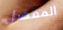
المفضل